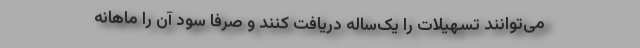
می‌توانند تسهیلات را یک‌ساله دریافت کنند و صرفا سود آن را ماهانه